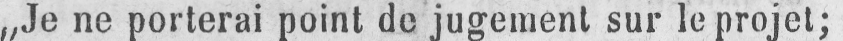
„Je ne porterai point de jugement sur le projet;